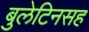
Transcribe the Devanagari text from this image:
बुलेटिनसह